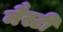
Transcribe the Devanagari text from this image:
नैस्टी